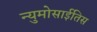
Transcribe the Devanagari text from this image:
न्युमोसाईतिस